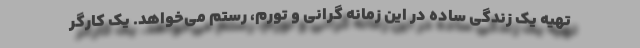
تهیه یک زندگی ساده در این زمانه گرانی و تورم، رستم می‌خواهد. یک کارگر